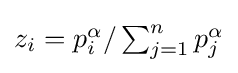
{\textstyle z_{i}=p_{i}^{\alpha }/\sum _{j=1}^{n}p_{j}^{\alpha }}